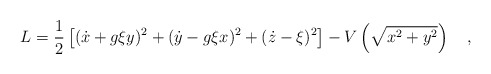
\begin{align*}L=\frac{1}{2}\left[(\dot{x}+g\xi y)^2+(\dot{y}-g\xi x)^2+(\dot{z}-\xi)^2\right]-V\left(\sqrt{x^2+y^2}\right)\ \ \ ,\end{align*}